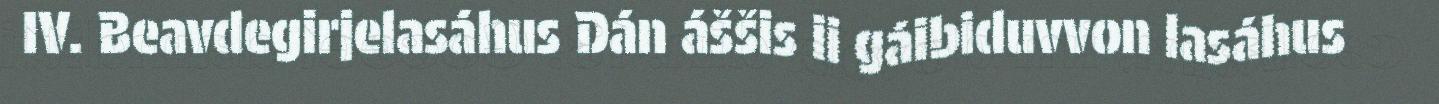
IV. Beavdegirjelasáhus Dán áššis ii gáibiduvvon lasáhus